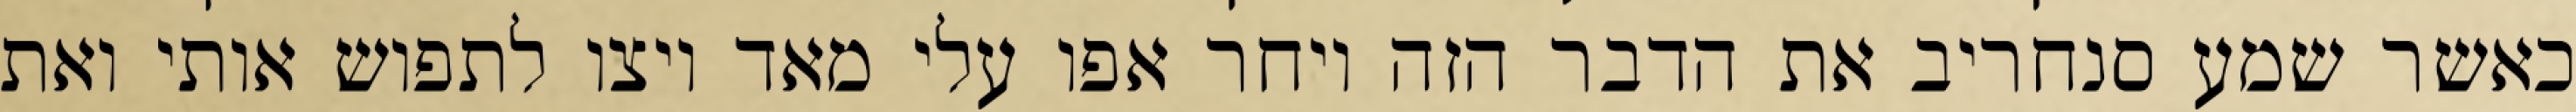
כאשר שמע סנחריב את הדבר הזה ויחר אפו עלי מאד ויצו לתפוש אותי ואת